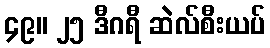
၄၉။ ၂၅ ဒီဂရီ ဆဲလ်စီးယပ်